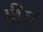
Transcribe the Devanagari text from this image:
मींच